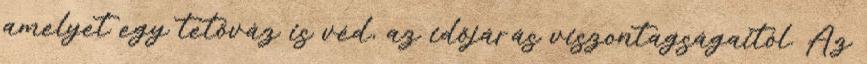
amelyet egy tetőváz is véd, az időjárás viszontagságaitól. Az